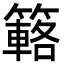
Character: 簵